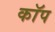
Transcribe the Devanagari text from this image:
काॅप